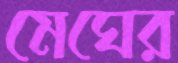
মেঘের